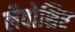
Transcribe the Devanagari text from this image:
लैवोशिए